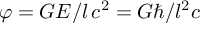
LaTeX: \varphi = G E / l \, c ^ { 2 } = G \hbar / l ^ { 2 } c